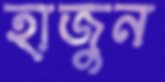
হাজুন